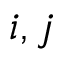
i , j